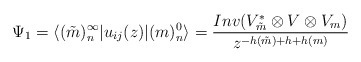
\begin{align*}\Psi_1 =\langle (\tilde{m})^{\infty}_n | u_{ij} (z) | (m)^0_n \rangle =\frac{Inv (V_{\tilde{m}}^{\ast}\otimes V\otimes V_m)}{z^{-h (\tilde{m})+h+h (m)}} \end{align*}